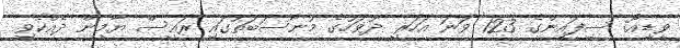
ވީޑިއޯ: ސިފައިންގެ 123 ވަނަ އަހަރީ ދުވަހުގެ މުނާސަބަތުގައި ރައީސް ޔާމީން ދެއްކެވި